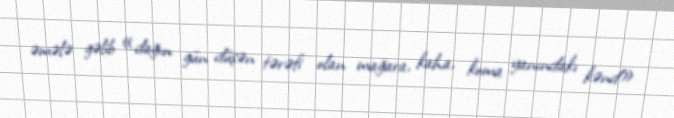
əmələ gəlib «dağın gün düşən tərəfi olan mağara, kaha, koma yanındakı kənd»